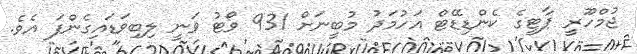
ޖުމްހޫރީ ޕާޓީގެ ކެންޑިޑޭޓް އަހުމަދު މުބީނަށް 931 ވޯޓު ވަނީ ލިބިވަޑައިގެންފަ އެވެ.